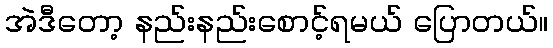
အဲဒီတော့ နည်းနည်းစောင့်ရမယ် ပြောတယ်။